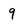
Character: q